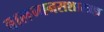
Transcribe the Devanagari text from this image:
बालमानसशास्त्रज्ञ